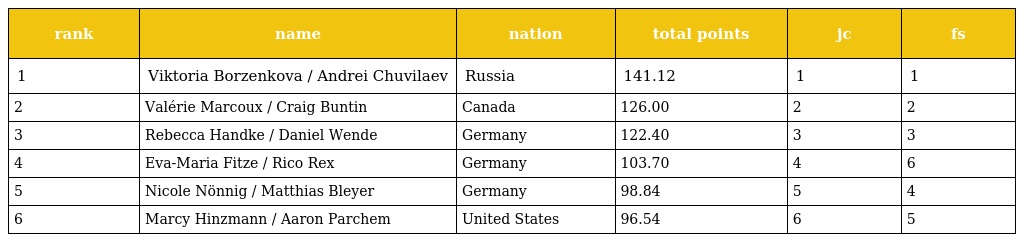
| rank | name | nation | total points | jc | fs |
 | --- | --- | --- | --- | --- | --- |
 | 1 | Viktoria Borzenkova / Andrei Chuvilaev | Russia | 141.12 | 1 | 1 |
 | 2 | Valérie Marcoux / Craig Buntin | Canada | 126.00 | 2 | 2 |
 | 3 | Rebecca Handke / Daniel Wende | Germany | 122.40 | 3 | 3 |
 | 4 | Eva-Maria Fitze / Rico Rex | Germany | 103.70 | 4 | 6 |
 | 5 | Nicole Nönnig / Matthias Bleyer | Germany | 98.84 | 5 | 4 |
 | 6 | Marcy Hinzmann / Aaron Parchem | United States | 96.54 | 6 | 5 |